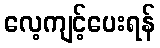
လေ့ကျင့်ပေးရန်